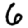
Digit: 6